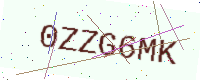
Text: 0ZZG6MK